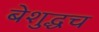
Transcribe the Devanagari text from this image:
बेशुद्धच